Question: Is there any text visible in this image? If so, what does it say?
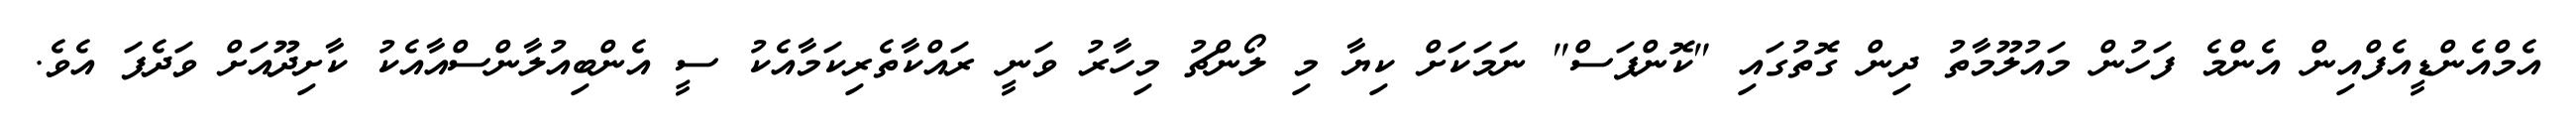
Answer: އެމްއެންޑީއެފްއިން އެންމެ ފަހުން މައުލޫމާތު ދިން ގޮތުގައި "ކޮންޕަސް" ނަމަކަށް ކިޔާ މި ލޯންޗު މިހާރު ވަނީ ރައްކާތެރިކަމާއެކު ސީ އެންބިއުލާންސްއާއެކު ކާށިދޫއަށް ވަދެފަ އެވެ.